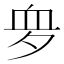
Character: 𧖪